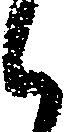
く